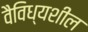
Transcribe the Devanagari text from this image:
वैविध्यशील